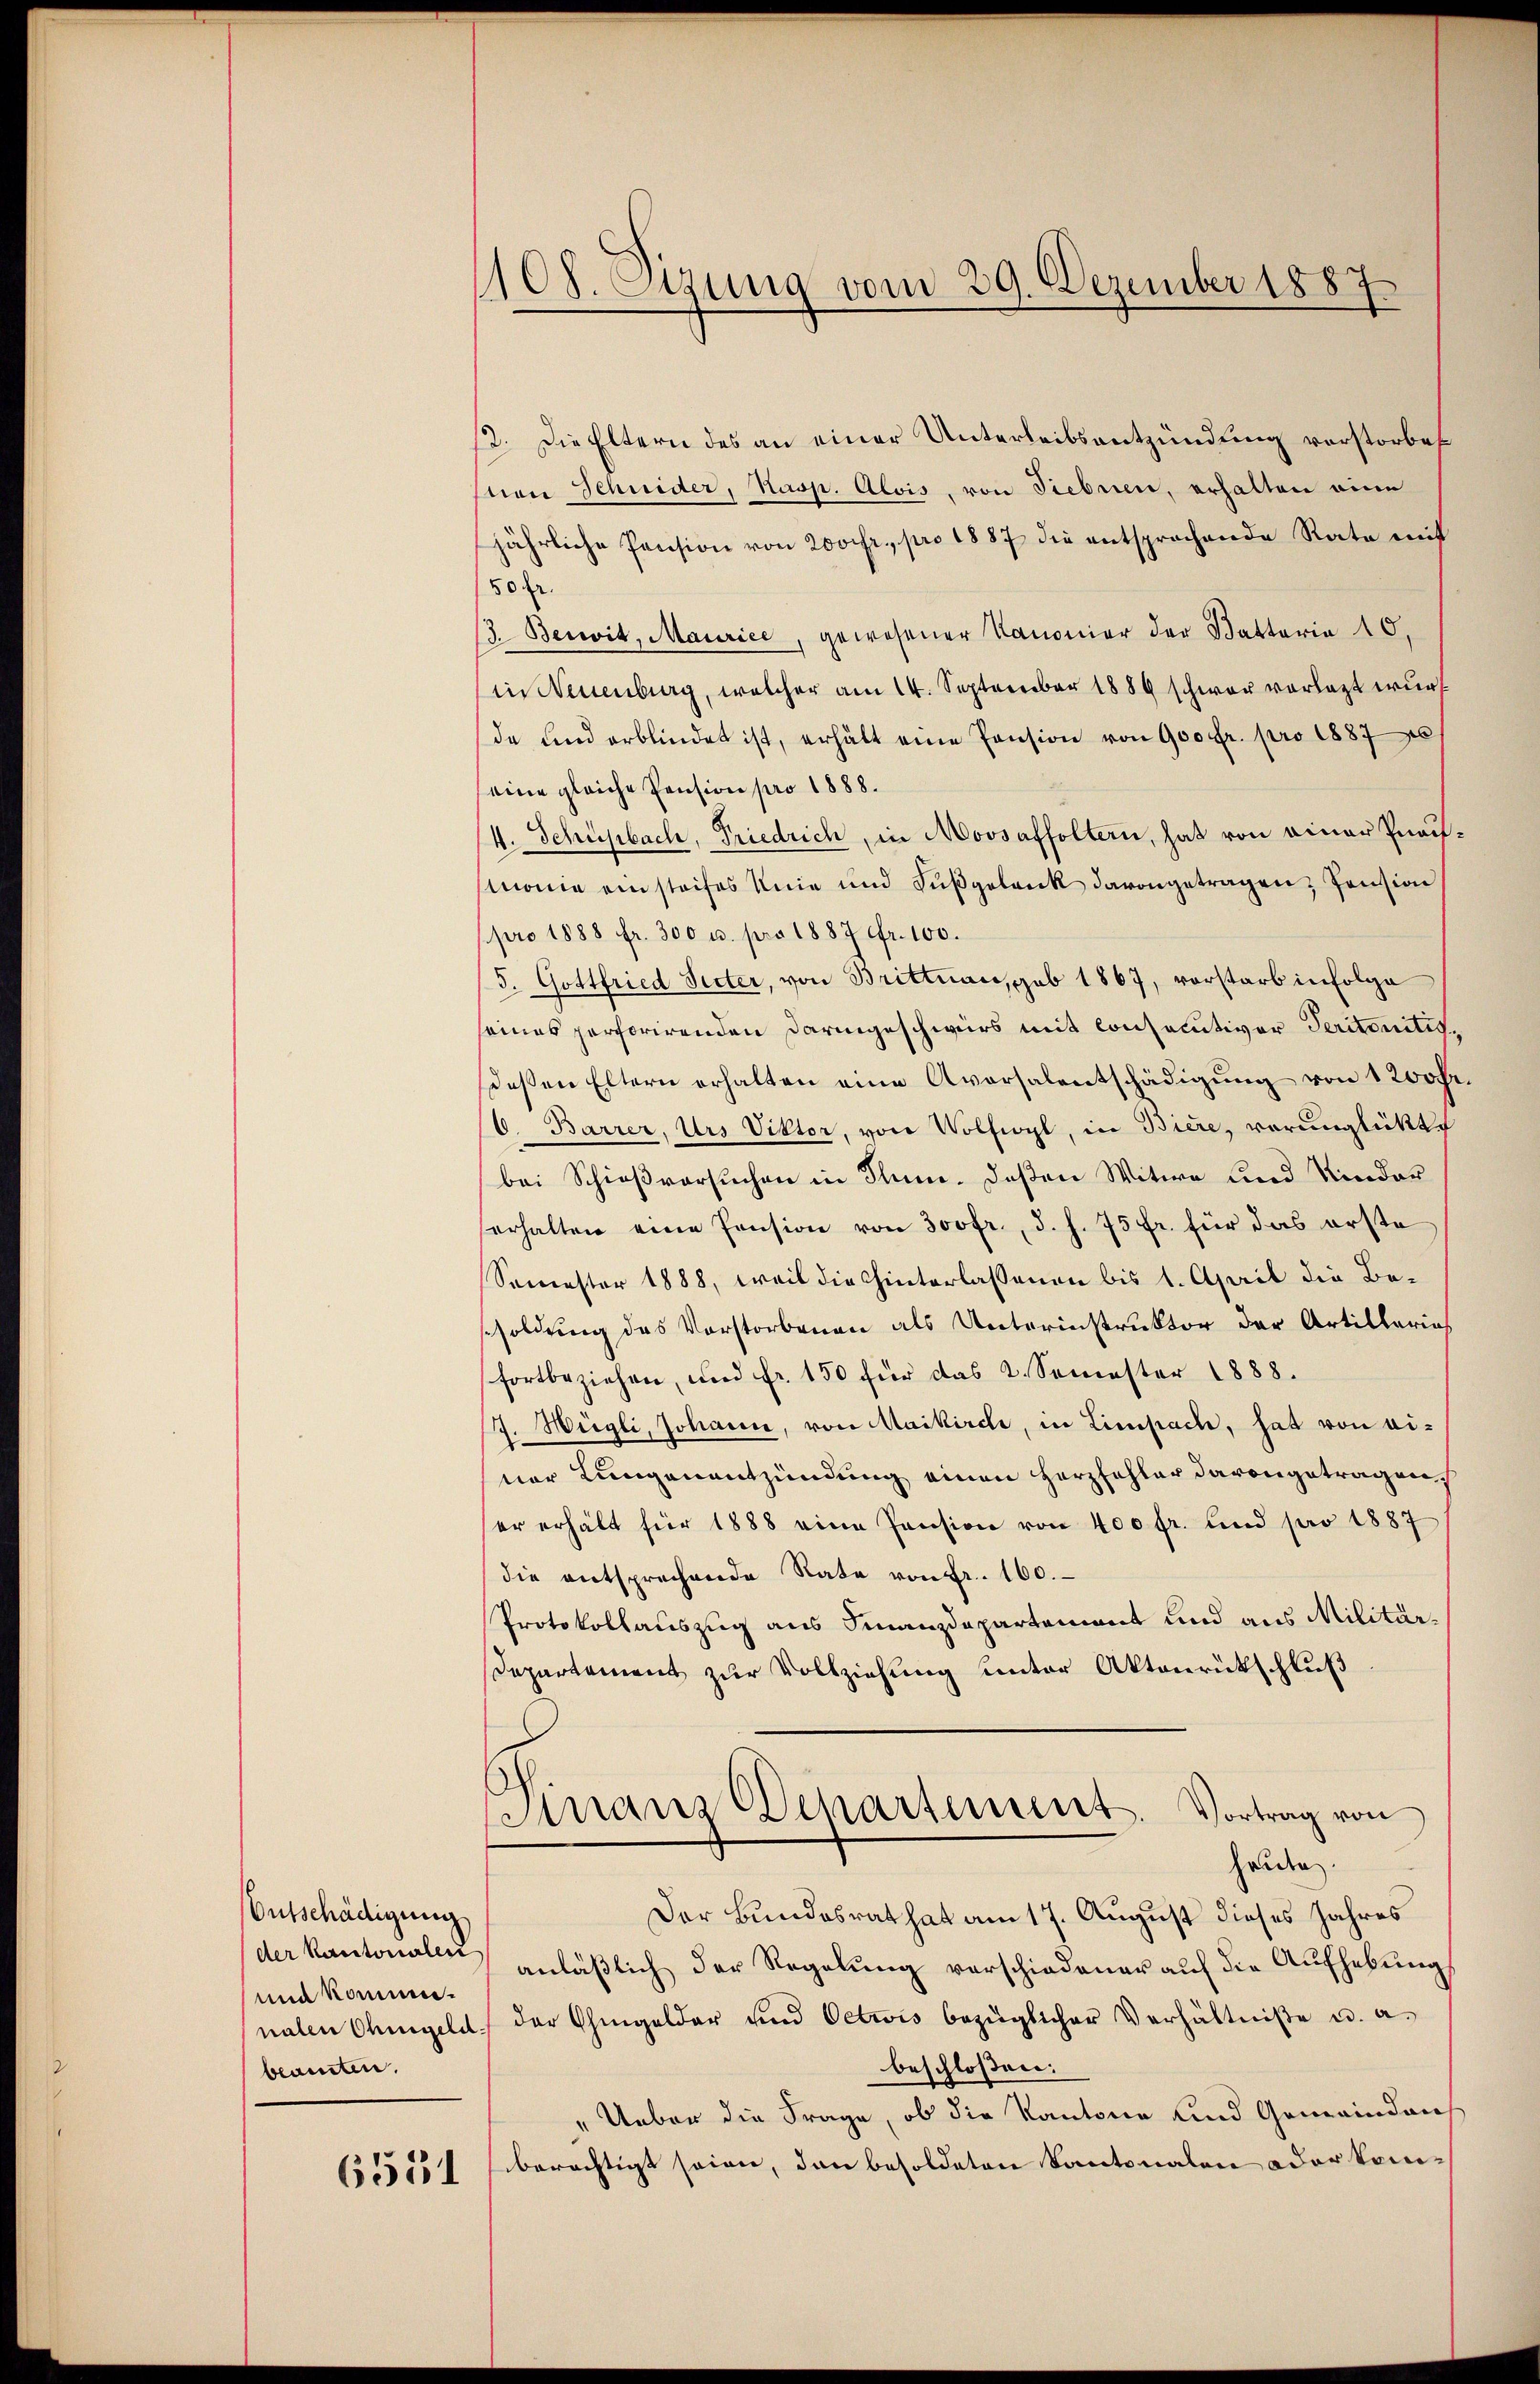
Entschädigung
der Kantonalen
und komme.
nalen Ohmgeld.
beamten.

6551

1108. Sizung vom 29. Dezember 1887

2. Die Eltern des an einer Unterleibsentzündung vorstorbes
von Schnider, Kasp. Alois, von Siebnen, erhalten eine
jährliche Pension von 200 fr., pro 1887 die entsprochende Rate mit
50 fr.
3. Bereit, Maurice, gewesener Kanonier der Battaria 10,
in Neuenburg, welcher am 14. September 1889 schwer vorlegt wurde und erblindet ist, erhält eine Pension von 900 fr. pro 18878
eine gleiche Pension pro 1888.
(4. Schüebach, Friedrich, in Moosaffolten, hat von einer Pnaufmone einsteifes Knie und Fußgelank davongetragen, Pension
pro 1888 fr. 300 u. pro 1887 Fr. 100.
5. Gottfried Seiter, von Brittnau, sub 1867, vorstarb infolge
seines perforirenden Daringeschwers mit consecutiver Seritantisdeßen Eltern erhalten eine Aversalentschädigung von 120fr.
/6. Barrer, Urs Viktor, von Volfioyl, in Biere, verunglückt
bei Schießversuchen in Jun. deßen Witwe und Kinder
erhalten eine Pension von 300fr., d. h. 75 fr. für das erste
Semester 1888, weil die hinterlassenen bis 1. April die Bessoldung des Vorstorbenen als Unterinstruktor der Artillarias
fortbeziehen, und fr. 150 für das 2. Semester 1888.
J. Hügli, Johann, von Maikirch, in Limpach, hat von einer Lungenentzündung einen Herzfehler davongetragen,
er erhält für 1888 eine Pension von 400 fr. und pro 1887
die entsprechende Rate von Fr. 100.
Protokollauszug aus Finanzdepartement und aus Militär¬
Departement zur Vollziehung unter Aktenrückschluß
Kirranz Venartement. Vortrag von
halden
Der Bundesrat hat am 17. August dieses Jahres
anläβlich der Regelŭng verschiedener aŭf die Aufhebung
der Chingelder und Oetwis bezüglicher Verhältniße u. a.
beschlossen:
" Ueber die Frage, ob die Kantone und Gemeindaus
berechtigt seien, dann besoldeten Kantonalen oder kom¬